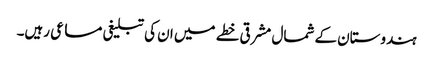
ہندوستان کے شمال مشرقی خطے میں ان کی تبلیغی مساعی رہیں۔